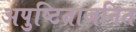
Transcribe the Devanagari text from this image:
अपुष्टिताजनित